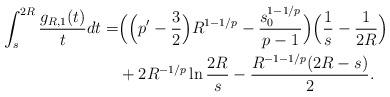
LaTeX: \begin{align*}\int_s^{2R} \frac{g_{R,1}(t)}t dt =&\Big(\Big(p'-\frac32\Big) R^{1-1/p} - \frac{s_0^{1-1/p}}{p-1}\Big) \Big(\frac1s-\frac1{2R}\Big)\\& +2R^{-1/p} \ln \frac{2R}s -\frac{R^{-1-1/p} (2R-s)}2.\end{align*}